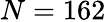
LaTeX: N=162